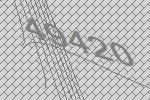
49420